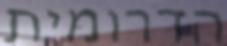
הדרומית